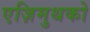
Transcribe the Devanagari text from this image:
एज़िमुथको